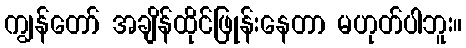
ကျွန်တော် အချိန်ထိုင်ဖြုန်းနေတာ မဟုတ်ပါဘူး။